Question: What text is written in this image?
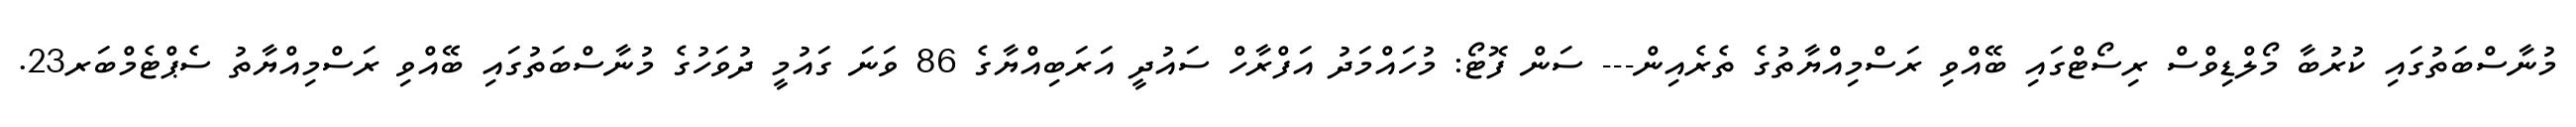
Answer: މުނާސްބަތުގައި ކުރުބާ މޯލްޑިވްސް ރިސޯޓްގައި ބޭއްވި ރަސްމިއްޔާތުގެ ތެރެއިން--- ސަން ފޮޓޯ: މުހައްމަދު އަފްރާހް ސައުދީ އަރަބިއްޔާގެ 86 ވަނަ ގައުމީ ދުވަހުގެ މުނާސްބަތުގައި ބޭއްވި ރަސްމިއްޔާތު ސެޕްޓެމްބަރ23.